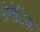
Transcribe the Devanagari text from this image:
ग्रेनेटिक